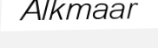
Alkmaar